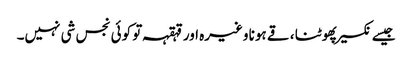
جیسے نکسیر پھوٹنا ، قے ہونا وغیرہ اور قہقہہ تو کوئی نجس شی نہیں۔